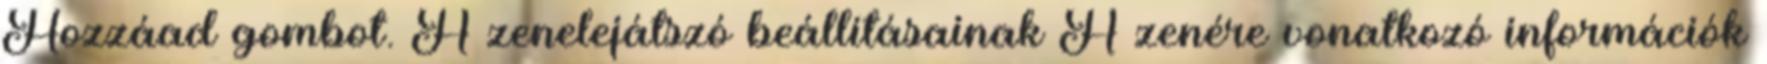
Hozzáad gombot. A zenelejátszó beállításainak A zenére vonatkozó információk